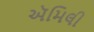
ઍમિલી